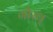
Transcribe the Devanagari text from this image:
गौरव्